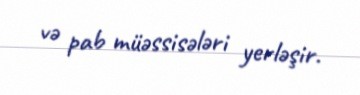
və pab müəssisələri yerləşir.